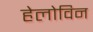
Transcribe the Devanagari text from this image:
हेलोविन